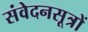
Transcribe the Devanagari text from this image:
संवेदनसूत्रों